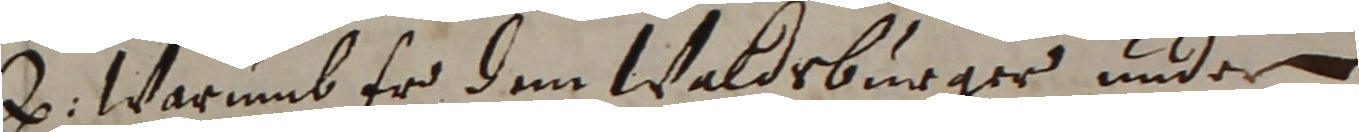
e. Warumb er dem Waldsburger under